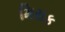
મિરાક